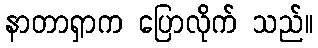
နာတာရှာက ပြောလိုက် သည်။